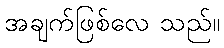
အချက်ဖြစ်လေ သည်။